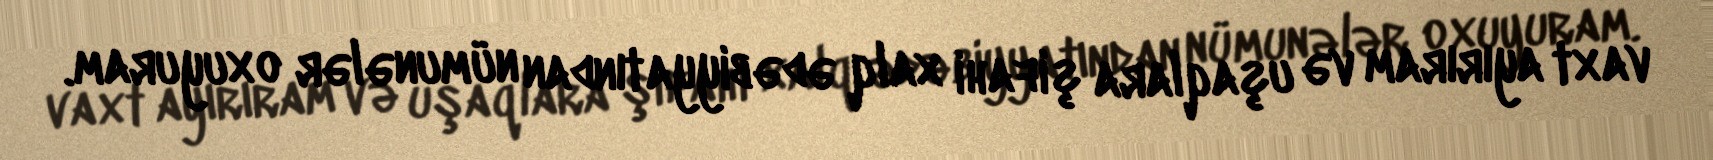
vaxt ayırıram və uşaqlara şifahi xalq ədəbiyyatından nümunələr oxuyuram.